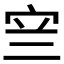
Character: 𭓨